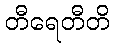
တီရေတီတိ